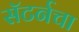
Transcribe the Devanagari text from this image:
सॅटर्नचा